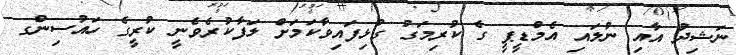
ނަޝިދު އާއި ނުލައި އެމްޑީޕީ ގެ ކުރިމަގު ގުޅިފައިވާކަމަށް ލަފާކުރެވެނީ ކުރީގެ ހައުސިންގ